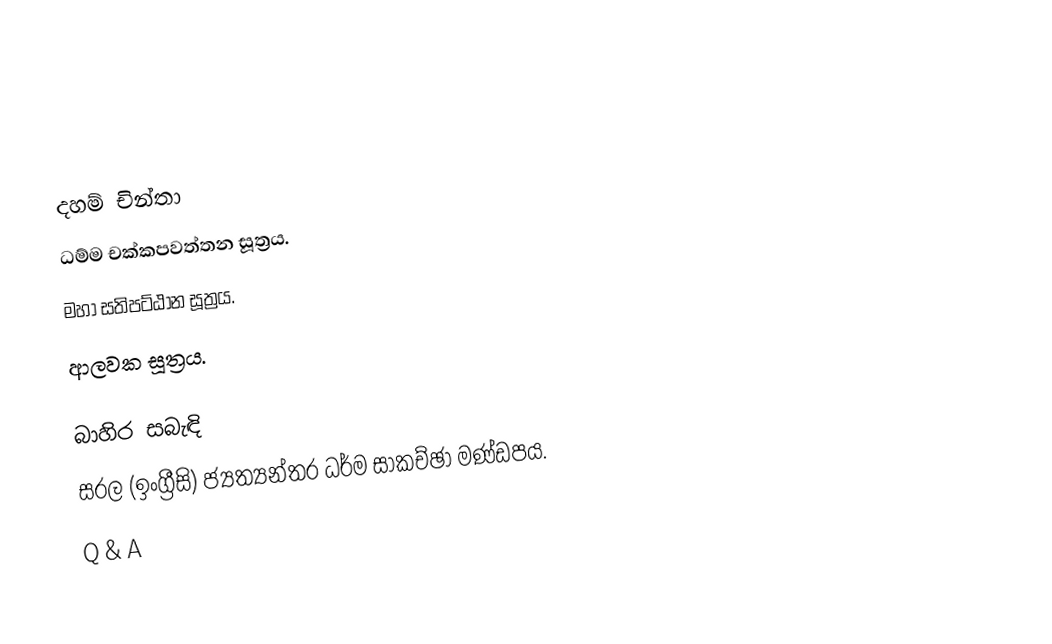

දහම් චින්තා
 ධම්ම චක්කපවත්තන සූත්‍රය.
 මහා සතිපට්ඨාන සූත්‍රය.
ආලවක සූත්‍රය.

බාහිර සබැඳි
 සරල (ඉංග්‍රීසි) ජ්‍යත්‍යන්තර ධර්ම සාකච්ඡා මණ්ඩපය.
 Q & A